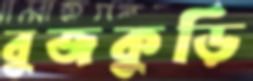
বুজকুড়ি